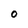
Character: O